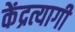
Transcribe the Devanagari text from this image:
केंद्रत्यागी